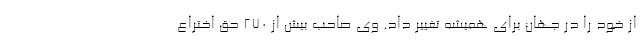
از خود را در جهان برای همیشه تغییر داد. وی صاحب بیش از ۲۷۰ حق اختراع